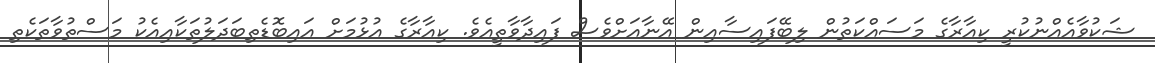
ޝަކުވާއެއްނުކުރީ ކިއާރާގެ މަސައްކަތުން ލިބޭފައިސާއިން އޭނާއަށްވެސް ފައިދާވާތީއެވެ. ކިއާރާގެ އުޅުމަށް އައިބޮޑެތިބަދަލުތަކާއިއެކު މަސްތުވާތަކެތި